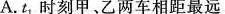
A. t_{1}时刻甲、乙两车相距最远